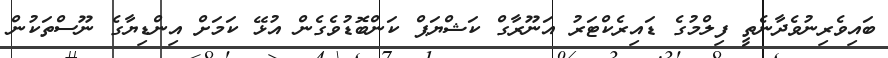
ބައިވެރިނުވެދާނެތީ ފިލްމުގެ ޑައިރެކްޓަރު އަނޫރާގް ކަޝްޔަޕް ކަންބޮޑުވެގެން އުޅޭ ކަމަށް އިންޑިޔާގެ ނޫސްތަކުން